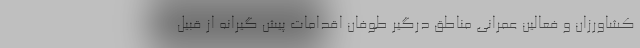
کشاورزان و فعالین عمرانی مناطق درگیر طوفان اقدامات پیش گیرانه از قبیل